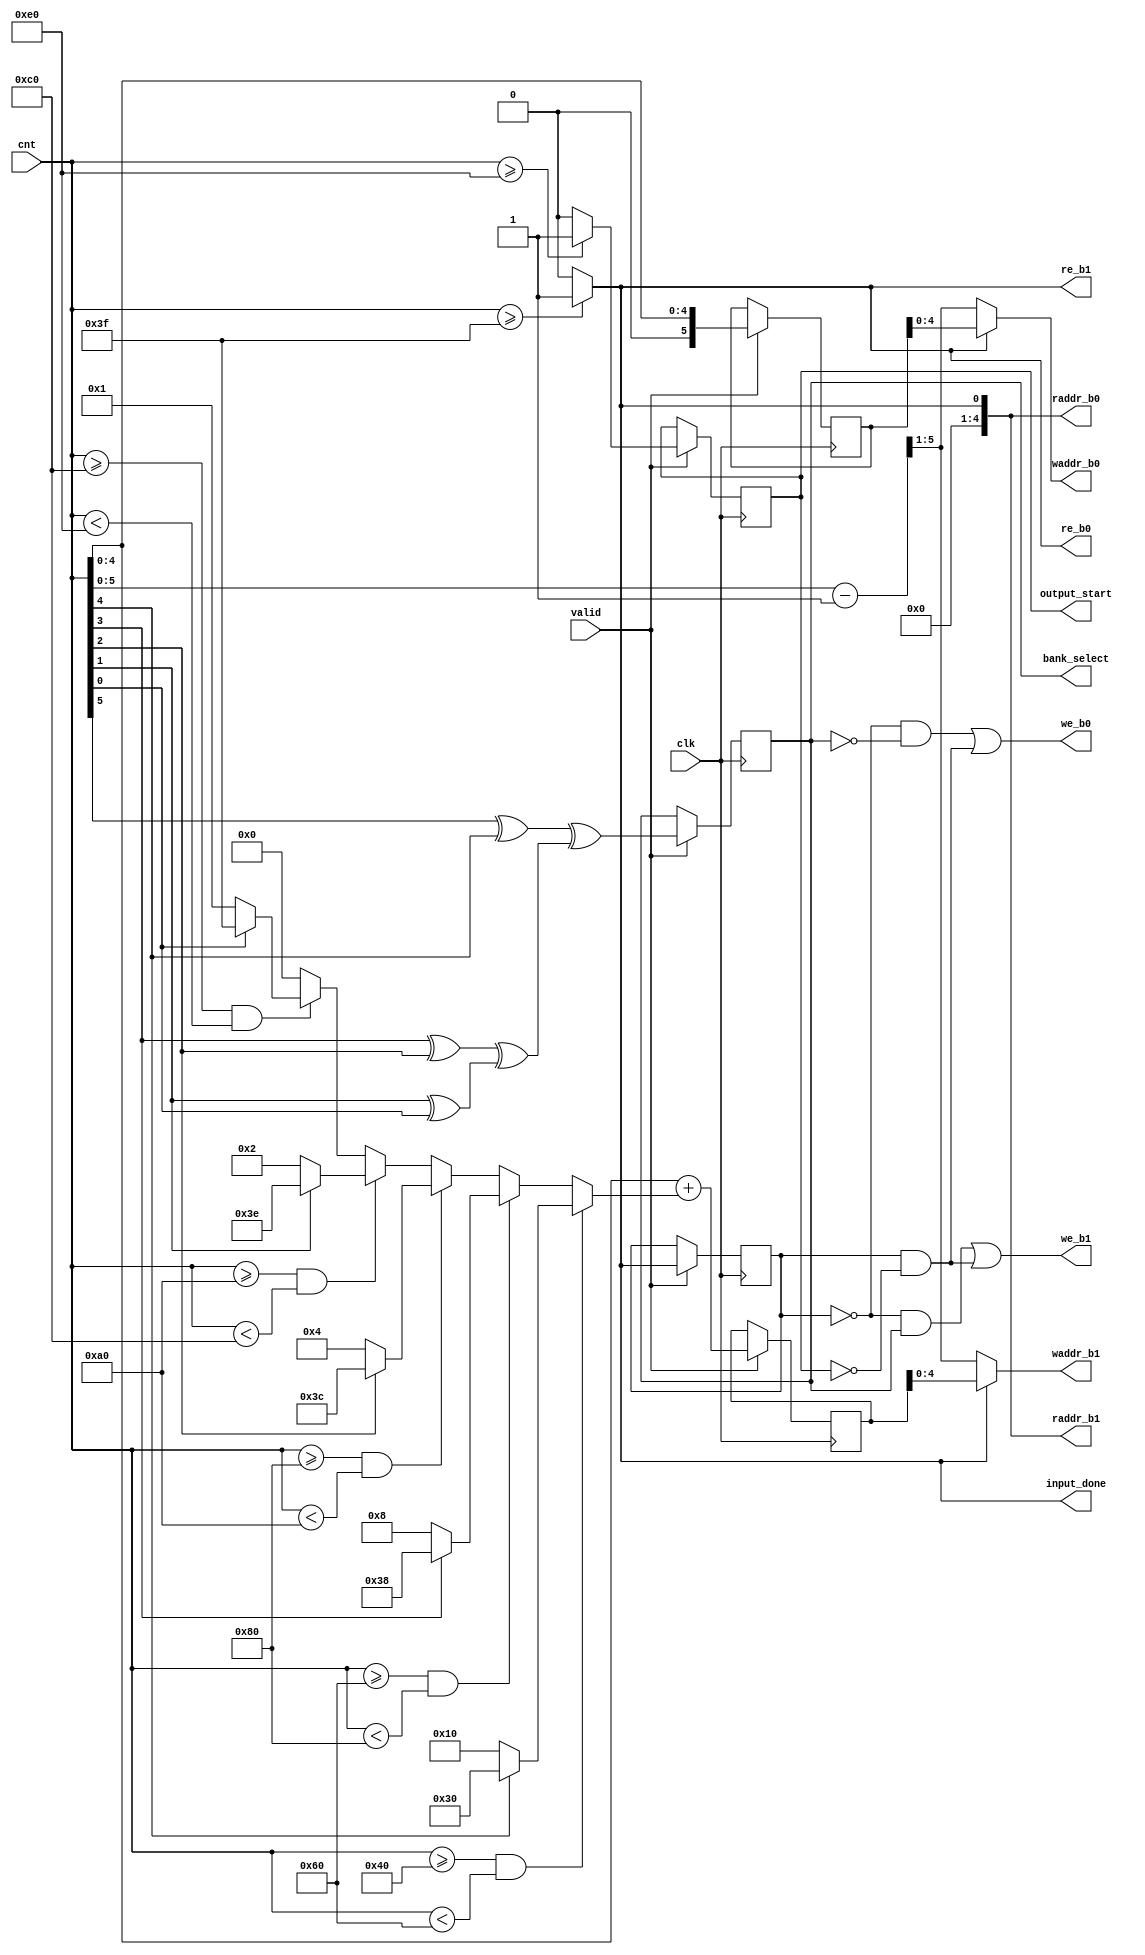
module controlblock (
    input[7:0] cnt,
	input clk, valid,
    output[4:0] waddr_b0, raddr_b0, waddr_b1, raddr_b1,
    output we_b0, re_b0, we_b1, re_b1,
    output bank_select, input_done, output_start
);
    wire[5:0]  raddr_b0_temp, raddr_b1_temp;
    //reg input_done_temp, input_done_delay;
    reg [5:0] increment, waddr_b0_temp, waddr_b1_temp;
    reg [1:0] output_start_reg, bank_select_reg, input_done_reg;
	
    always @(cnt)begin

        //input_done_reg
        if (cnt >= 63) 
            input_done_reg[0] = 1'b1;
        else
            input_done_reg[0] = 1'b0;
        
        if(cnt >=64 && cnt < 96) 
            increment = cnt[4] ? -16 : 16;
        
        else if(cnt >= 96 && cnt <128)
            increment = cnt[3] ? -8 : 8;

        else if(cnt >= 128 && cnt <160)
            increment = cnt[2] ? -4 : 4;

        else if(cnt >= 160 && cnt <192)
            increment = cnt[1] ? -2 : 2;
        
        else if(cnt >= 192 && cnt <224)
            increment = cnt[0] ? -1 : 1;
        else
            increment = 0;
        
        //output_start_reg
        if (cnt >= 224) 
            output_start_reg[0] = 1'b1;
        else
            output_start_reg[0] = 1'b0;

    end

    always @(negedge clk) begin
        if(valid) begin
            waddr_b0_temp <= raddr_b0_temp;
            waddr_b1_temp <= raddr_b1_temp;
            input_done_reg[1] <= input_done_reg[0];
            output_start_reg[1] = output_start_reg[0];
            bank_select_reg[1] = bank_select_reg[0];
        end

    end
    assign input_done = input_done_reg[0];
    assign output_start =  output_start_reg[1];
    assign bank_select = bank_select_reg[1];

    assign bank_select_reg[0] = (cnt[5]^cnt[4])^((cnt[3]^cnt[2])^(cnt[1]^cnt[0]));

    assign we_b0 = (~input_done_reg[1] & ~bank_select_reg[1]) | (input_done_reg[1] & ~ output_start_reg[1]);
    assign we_b1 = (~input_done_reg[1] & bank_select_reg[1])  | (input_done_reg[1] & ~ output_start_reg[1]);

    assign re_b0 = input_done_reg[0];
    assign re_b1 = input_done_reg[0];


    assign raddr_b0_temp = cnt[4:0];
    assign raddr_b1_temp = raddr_b0_temp + increment;
    assign raddr_b0 = input_done_reg[0];
    assign raddr_b1 = input_done_reg[0];

    assign waddr_b0 = input_done_reg[0] ? waddr_b0_temp : (cnt-1)>>1;
    assign waddr_b1 = input_done_reg[0] ? waddr_b1_temp : (cnt-1)>>1 ;

    



endmodule